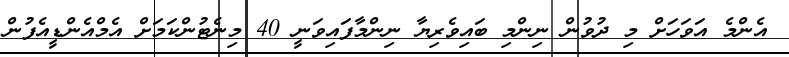
އެންމެ އަވަހަށް މި ދުވުން ނިންމި ބައިވެރިޔާ ނިންމާފައިވަނީ 40 މިނެޓުންކަމަށް އެމްއެންޑީއެފުން